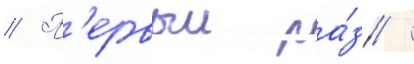
// П'ервыи ра́з /